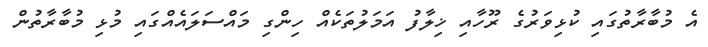
އެ މުބާރާތުގައި ކުޅިވަރުގެ ރޫހާއި ޚިލާފު އަމަލުތަކެއް ހިންގި މައްސަލައެއްގައި މުޅި މުބާރާތުން